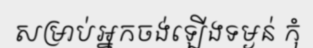
សម្រាប់អ្នកចង់ឡើងទម្ងន់ កុំ